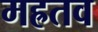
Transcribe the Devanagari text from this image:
मह्रतव